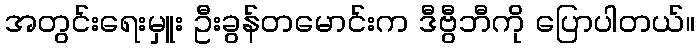
အတွင်းရေးမှူး ဦးခွန်တမောင်းက ဒီဗွီဘီကို ပြောပါတယ်။